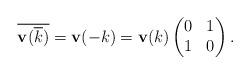
LaTeX: \begin{align*}\overline{\mathbf{v}(\overline{k})}=\mathbf{v}(-k)=\mathbf{v}(k)\begin{pmatrix}0 & 1\\1 & 0\end{pmatrix}. \end{align*}